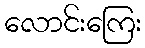
လောင်းကြေး